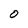
Character: O